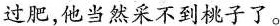
过肥，他当然采不到桃子了。